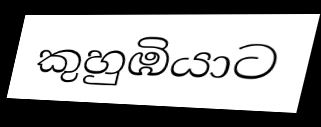
කුහුඹියාට